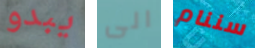
يبدو الى سننام